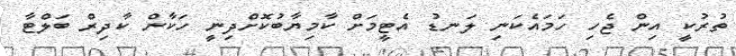
ތުރުކީ އިން ޖެހި ހަމައެކަނި ލަނޑު އެޓީމަށް ކާމިޔާބުކޮށްދިނީ ހަކާން ކާދިރް ބަލްޓާ